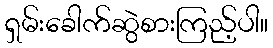
ရှမ်းခေါက်ဆွဲစားကြည့်ပါ။